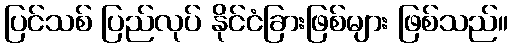
ပြင်သစ် ပြည်လုပ် နိုင်ငံခြားဖြစ်များ ဖြစ်သည်။